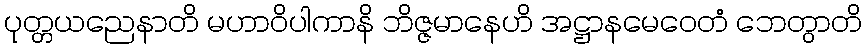
ပုတ္တယညေနာတိ မဟာဝိပါကာနိ ဘိဇ္ဇမာနေဟိ အဋ္ဌာနမေဝေတံ ဘေတွာတိ